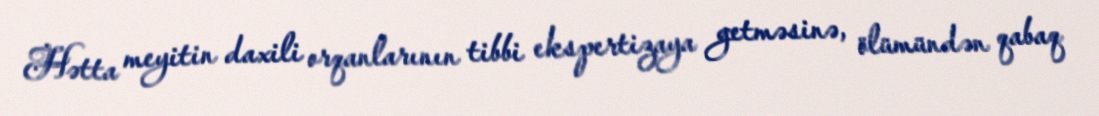
Hətta meyitin daxili orqanlarının tibbi ekspertizaya getməsinə, ölümündən qabaq